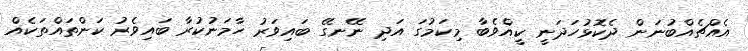
އެއްޗެއްބުނަން ދެކޮޅުހަދަނީ ކީއްވެބާ މިކަމުގަ އަދި ނޭނގޭ ބައިވަރު ހާމަނުކުރާ ބައިވެރު ކަންތައްތަކެއް